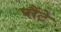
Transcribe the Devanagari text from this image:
पौंटे